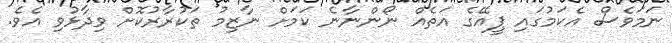
ނަމަވެސް އެކަމުގައި ޕީއޭގެ އަތެއް ނޯންނާނެ ކަމަށް ނާޒިމު ތަކުރާރުކޮށް ވިދާޅުވި އެވެ.